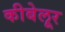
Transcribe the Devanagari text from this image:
कीबेलूर